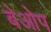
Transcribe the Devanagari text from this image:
बेओप